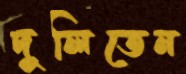
দুলিতেন